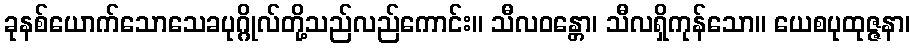
ခုနစ်ယောက်သောသေခပုဂ္ဂိုလ်တို့သည်လည်ကောင်း။ သီလဝန္တော၊ သီလရှိကုန်သော။ ယေစပုထုဇ္ဇနာ၊